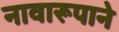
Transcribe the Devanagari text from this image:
नावारूपाने